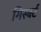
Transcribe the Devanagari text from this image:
गिस्बर्ट